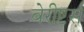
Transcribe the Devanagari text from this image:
बेरीष्टर्स